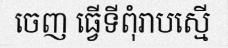
ចេញ ធ្វើទីពុំរាបស្មើ